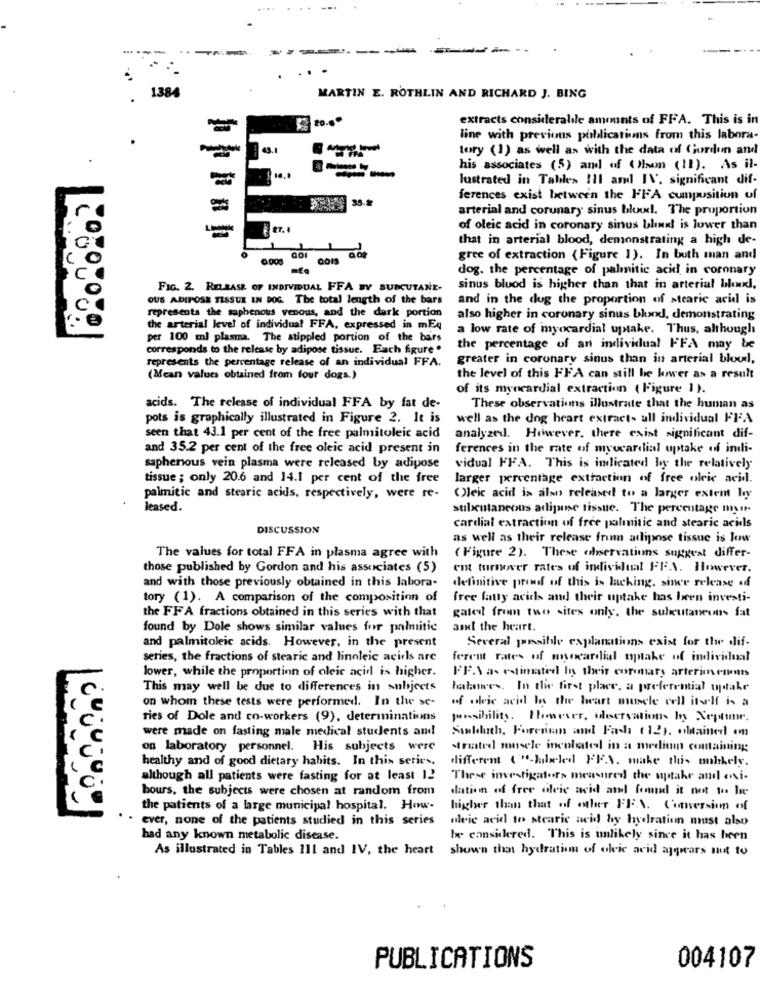
....
1384
MARTIN E. ROTHLIN AND RICHARD J. BING
20.0
extracts considerable amounts of FFA. This is in
line with previous publications from this labora
tory (1) as well as with the data of Gurdun and
his associates (5) and of ( ham (II). As it-
--
lustrated in Tables Ill and IV. significant dif-
35.2
ferences exist between the FFA cumposition of
arterial and corunary sinus bloud. The proportion
ET.
of oleic acid in coronary sinus blind! is lower than
that in arterial blood, demonstrating a high de-
gree of extraction (Figure 1). In both man and
dog. the percentage of palmitic acid in coronary
FIG. 2. RI EASE OF INDIVIDUAL FFA BY SUBCUTANE-
sinus bluod is higher than that in arterial bluxl,
OUS ADIPOSE TISSUE IN DOG. The total length of the bars
and in the dog the proportion of stearic acid is
represents the saphenous venous, and the dark portion
also higher in coronary sinus blond, demonstrating
the arterial level of individual FFA, expressed in mEq
a low rate of myocardial uptake. Thus, although
per 100 ml plasma. The stippled portion of the bars
corresponds to the release by adipose tissue. Each figure .
the percentage of an individual FFA may be
represents the percentage release of an individual FFA.
greater in coronary sinus than in arterial bloudl,
(Mean values obtained from four dogs.)
the level of this FFA can still he kower as a result
of its myocardial extraction ( Figure 1).
acids. The release of individual FFA by fat de-
These observations illustrate that the human as
pots is graphically illustrated in Figure 2. It is
well as the dog heart extracts ull individual FFA
seen that 43.1 per cent of the free palmitoleic acid
analyzed. However, there exist significant dif-
and 35.2 per cent of the free oleic acid present in
ferences in the rate of myocardial uptake of indi-
saphenous vein plasma were released by adipose
vidual FFA. This is indicated by the relatively
tissue ; only 20.6 and 14.1 per cent of the free
larger percentage extraction of free oleic acid.
palmitic and stearic acids, respectively, were re-
(leic acid is also released to a larger extem by
leased.
subcutaneous adipose tissue. The percentage mayor-
DISCUSSION
cardial extraction of free palmitic and stearic acidls
as well as their release from adipose tissue is low
The values for total FFA in plasma agree with
( Figure 2). These observations suggest differ-
those published by Gordon and his associates (5)
ent turnover rates of individual FF.A. However.
and with those previously obtained in this labora-
definitive proof of this is lacking. since release of
tory (1). A comparison of the composition of
free fatty acids and their uptake has been investi-
gated from two sites only. the subcutaneous fat
the FFA fractions obtained in this series with that
found by Dole shows similar values for palmitic
and the heart.
Several posible explanations exist for the dif-
and palmitoleic acids. However, in the present
series, the fractions of stearic and linoleic acidls are
ferent rates of myocardial uptake of individual
lower, while the proportion of oleic acid is higher.
FF.\ as estimated In their coromary arteriments
This may well be due to differences in subjects
halowe's. In the first place. a preferential uptake
on whom these tests were performed. In the se-
of odeic acid los the heart muscle vell itself is a
ties of Dole and co-workers (9), determinations
possibility. However, uloervations hy Xeptime.
were made on fasting male medical students and
Sulduth, Forenman and Fach (12). obtained on
on laboratory personnel. His subjects were
straated muscle incubated in a medium containing
healthy and of good dietary habits. In this series.
differen ("-labeled FF.A. make this ubkely.
although all patients were fasting for at least 12
These investigators measured the uptake and ovi-
hours, the subjects were chosen at random from
dation of free oleic acid and found it not to be
the patients of a large municipal hospital. How-
higher than that of other FFN. Conversion of
. ever, none of the patients studied in this series
oleic acid to stearic acid hy hydration must also
had any known metabolic disease.
be considered. This is unlikely since it has been
As illustrated in Tables 111 and IV, the heart
shown that hydration of okic acid appears not to
PUBLICATIONS
004107